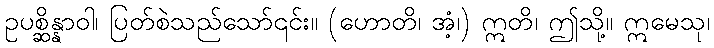
ဥပစ္ဆိန္နာဝါ၊ ပြတ်စဲသည်သော်၎င်း။ (ဟောတိ၊ အံ့၊) ဣတိ၊ ဤသို့။ ဣမေသု၊